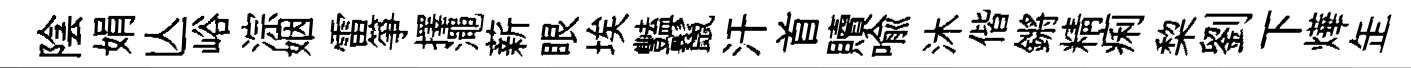
陰娟亾峪淙姻雷箏擇澠薪眼埃豔鬣汗首贖喩沐偕鏘精痢棃劉下燁𦈢